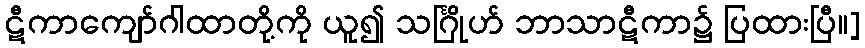
ဋီကာကျော်ဂါထာတို့ကို ယူ၍ သင်္ဂြိုဟ် ဘာသာဋီကာ၌ ပြထားပြီ။]